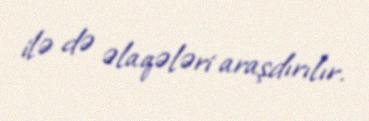
ilə də əlaqələri araşdırılır.